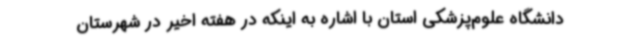
دانشگاه علوم‌پزشکی استان با اشاره به اینکه در هفته اخیر در شهرستان